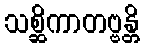
သစ္ဆိကာတဗ္ဗန္တိ